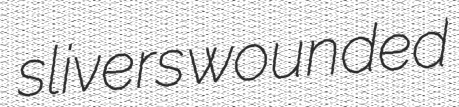
slivers wounded